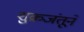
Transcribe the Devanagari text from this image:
शुक्रजंतूने